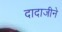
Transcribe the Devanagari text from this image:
दादाजीने